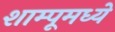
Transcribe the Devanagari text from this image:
शाम्पूमध्ये